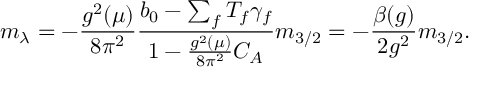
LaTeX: m _ { \lambda } = - \frac { g ^ { 2 } ( \mu ) } { 8 \pi ^ { 2 } } \frac { b _ { 0 } - \sum _ { f } T _ { f } \gamma _ { f } } { 1 - \frac { g ^ { 2 } ( \mu ) } { 8 \pi ^ { 2 } } C _ { A } } m _ { 3 / 2 } = - \frac { \beta ( g ) } { 2 g ^ { 2 } } m _ { 3 / 2 } .